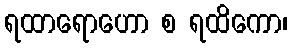
ရထာရောဟော စ ရထိကော၊